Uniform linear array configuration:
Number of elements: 12
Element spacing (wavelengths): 0.75
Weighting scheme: hamming
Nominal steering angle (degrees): -15
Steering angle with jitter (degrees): -13.807
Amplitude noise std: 0.05
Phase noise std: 0.05

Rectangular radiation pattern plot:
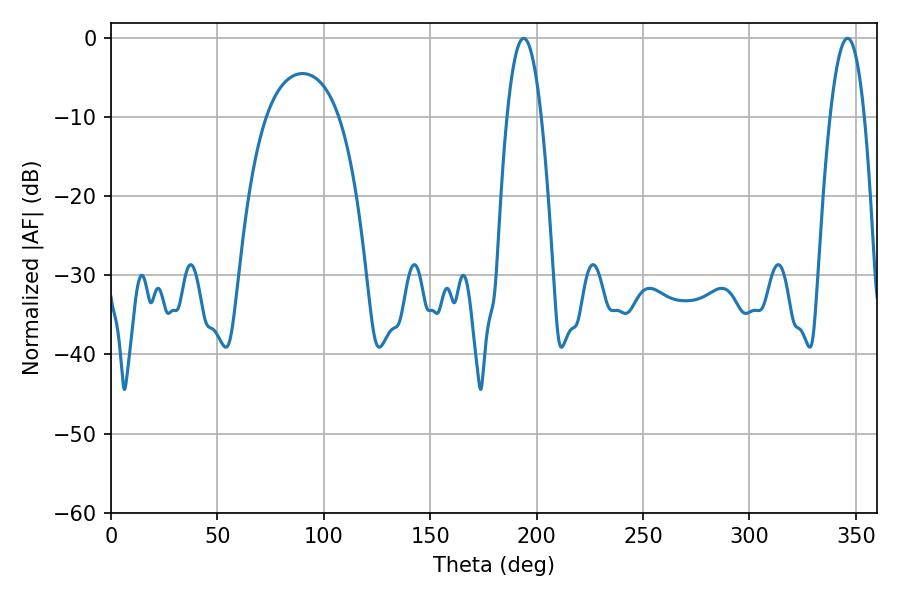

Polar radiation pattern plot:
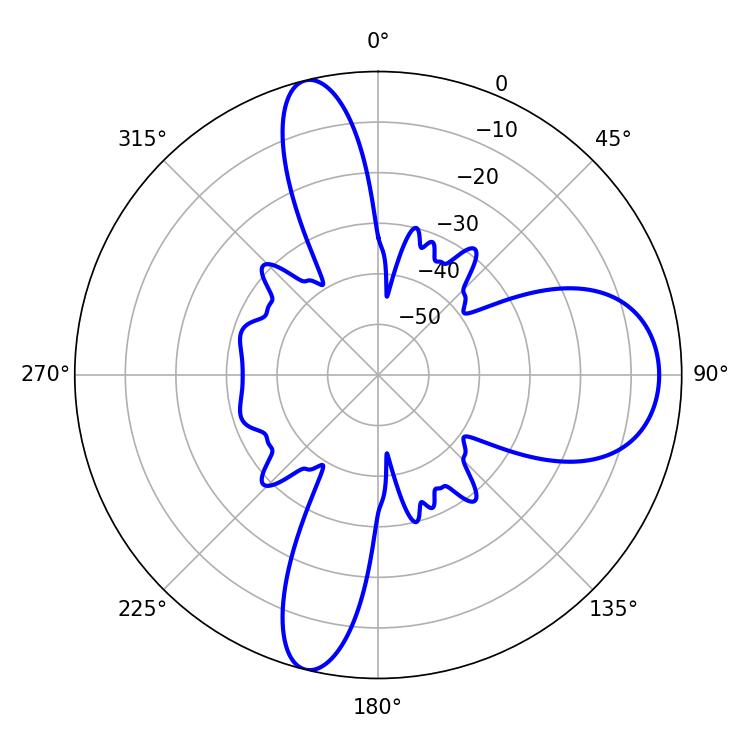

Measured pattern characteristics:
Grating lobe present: TRUE
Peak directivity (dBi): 13.765
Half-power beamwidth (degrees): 8.82
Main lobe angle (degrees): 193.86